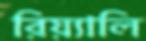
রিয়্যালি